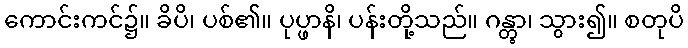
ကောင်းကင်၌။ ခိပိ၊ ပစ်၏။ ပုပ္ဖာနိ၊ ပန်းတို့သည်။ ဂန္တွာ၊ သွား၍။ စတုပိ